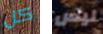
كل ليس